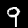
Digit: 9